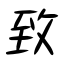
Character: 致